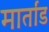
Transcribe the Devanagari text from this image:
मार्तांड